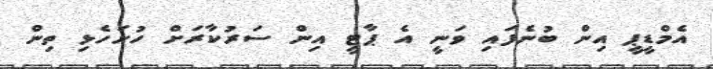
އެމްޑީޕީ އިން ބުނެފައި ވަނީ އެ ޕާޓީ އިން ސަރުކާރަށް ހުށަހެޅި ތިން